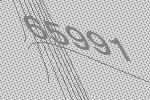
65991